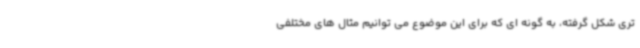
تری شکل گرفته، به گونه ای که برای این موضوع می توانیم مثال های مختلفی